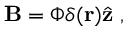
{ \bf B } = \Phi \delta ( { \bf r } ) { \hat { { \bf z } } \; , }